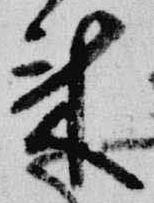
来